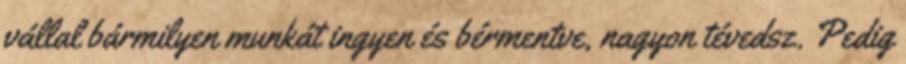
vállal bármilyen munkát ingyen és bérmentve, nagyon tévedsz. Pedig